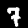
Digit: 7